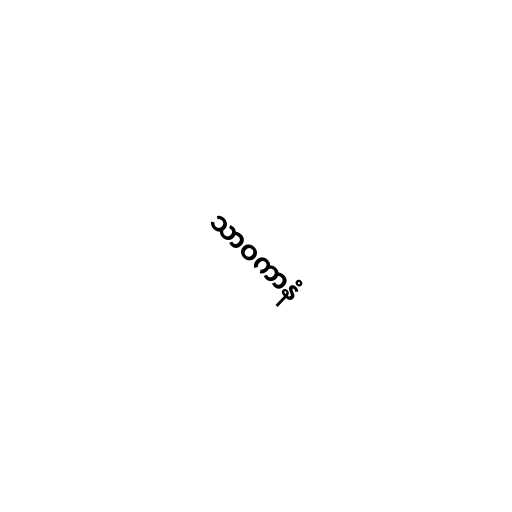
သာဝကာနံ